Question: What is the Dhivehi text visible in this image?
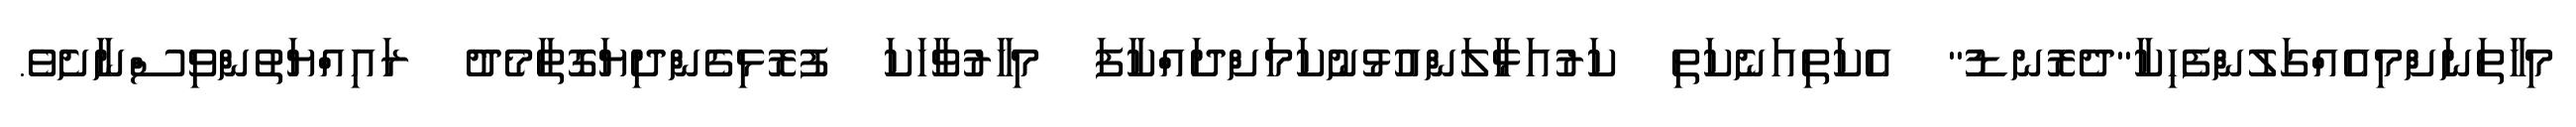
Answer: މިހާތަނަށްމިއެއްގަލުންފެހިކާ"ދެރޮނޑު" އެކަތިއަނެކަތި ކަރުއަޅާލަންއުޅުނުކަމަށްދައްކާފަ މިހާރުވާހަކަ ފުރޮޅިގެންދިޔަގޮތާމެދު ރައިއްޔަތުންވިސްނާށެވެ.